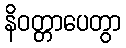
နိဝတ္တာပေတွာ